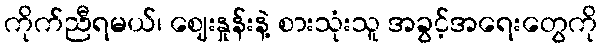
ကိုက်ညီရမယ်၊ ဈေးနှုန်းနဲ့ စားသုံးသူ အခွင့်အရေးတွေကို